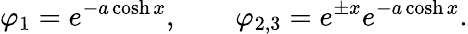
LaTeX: \varphi_{1}=e^{-a\cosh x},\qquad\varphi_{2,3}=e^{\pm x}e^{-a\cosh x}.